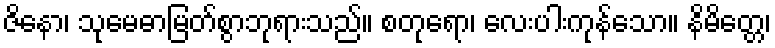
ဇိနော၊ သုမေဓာမြတ်စွာဘုရားသည်။ စတုရော၊ လေးပါးကုန်သော။ နိမိတ္တေ၊